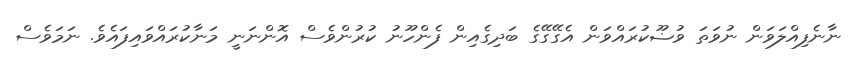
ނާނެފިއްލަވަން ނުވަތަ ވުޟޫކުރައްވަން އެގޭގޭގެ ބަދިގެއިން ފެންހޫނު ކުރުންވެސް އޮންނަނީ މަނާކުރައްވައިފައެވެ. ނަމަވެސް